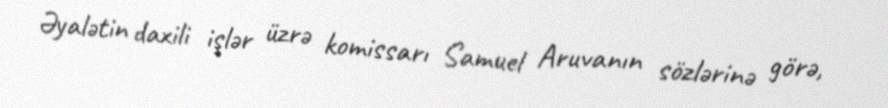
Əyalətin daxili işlər üzrə komissarı Samuel Aruvanın sözlərinə görə,